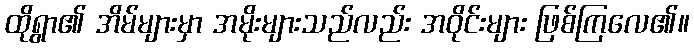
ထိုရွာ၏ အိမ်များမှာ အမိုးများသည်လည်း အဝိုင်းများ ဖြစ်ကြလေ၏။